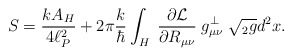
\begin{align*}S = {k A_H\over4\ell_P^2} + 2\pi {k\over\hbar} \int_H \; {\partial {\cal L} \over \partial R_{\mu\nu}} \; g^\perp_{\mu\nu} \; \sqrt{ {}_2 g} d^2x.\end{align*}